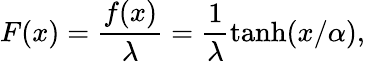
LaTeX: F(x)=\frac{f(x)}{\lambda}=\frac{1}{\lambda}\operatorname{tanh}(x/\alpha),